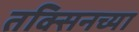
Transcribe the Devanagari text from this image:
तक्सिनच्या